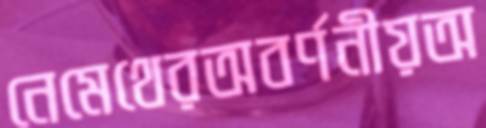
নেমেথেরঅবর্ণনীয়অ